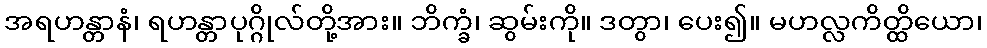
အရဟန္တာနံ၊ ရဟန္တာပုဂ္ဂိုလ်တို့အား။ ဘိက္ခံ၊ ဆွမ်းကို။ ဒတွာ၊ ပေး၍။ မဟလ္လကိတ္ထိယော၊